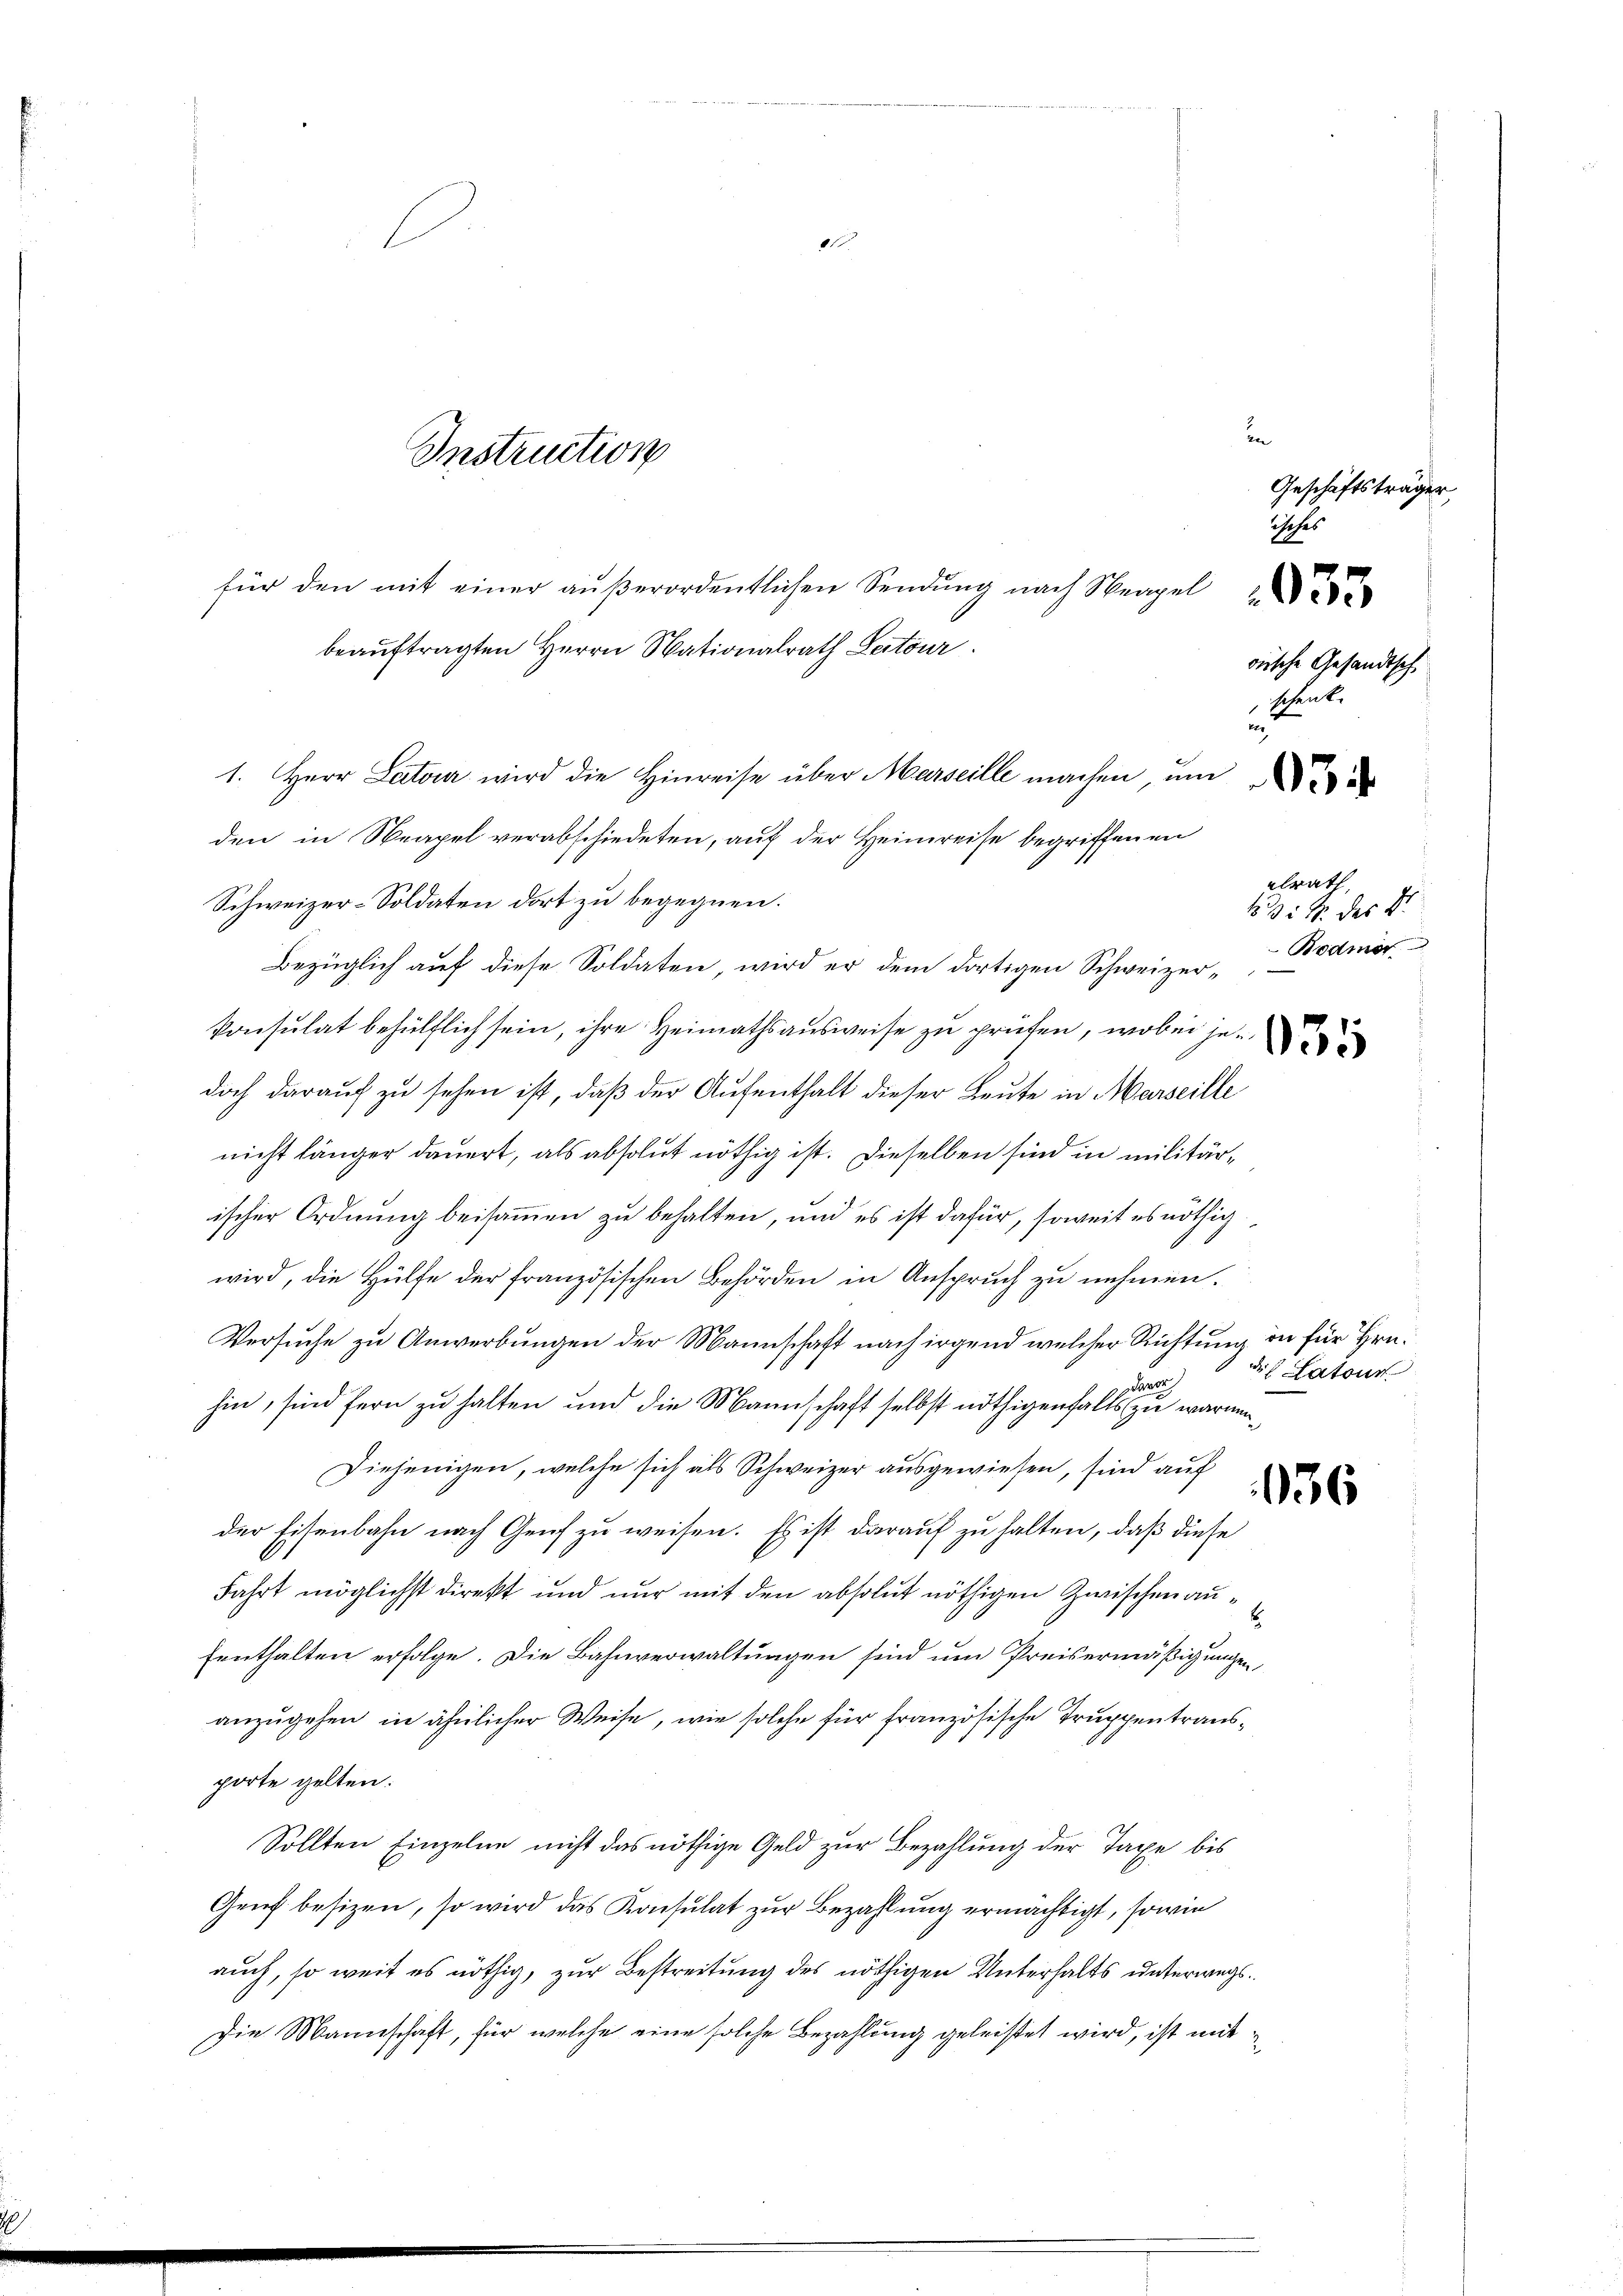
Instruction

1

für den mit einer aŭβerordentlichen Sendŭng nach Neapel
beauftragten Herrn Nationalrath Leitour
1. Herr Later wird die hinreise über Marseille machen, ŭm
den in Neapel verabschiedeten, auf der Heimreise begriffenen
Schweizer-Soldaten dort zu begegnen.
Bezüglich auf diese Soldaten, wird er dem dortigen Schweizerkonsulat behülflich sein, ihre Heimathsausweise zu prüfen, wobei jedoch darauf zu sehen ist, daß der Aufenthalt dieser Leute in Marseille
nicht länger dauert, als absolut nöthig ist. Dieselben sind in militärischer Ordnung beisammen zu behalten, und es ist dafür, soweit es nöthig
wird, die Hülfe der französischen Behörden in Anspruch zu nehmen.
Versuche zu Anwerbungen der Mannschaft nach irgend welcher Richtung in für Hrn.
hin, sind fern zu halten und die Mannschaft selbst nöthigenfalls zu waren¬
Diejenigen, welche sich als Schweizer ausgewiesen, sind auf
der Eisenbahn nach Genf zu weisen. Es ist darauf zu halten, daß diese
Fahrt möglichst direkt und nur mit den absolut nöthigen Zwischen aufenthalten erfolge. Die Bahnverwaltungen sind um Preisermäßigungen
anzugehen in ähnlicher Weise, wie solche für französische Truppentransporte gelten.
Sollten Einzelne nicht das nöthige Geld zur Bezahlung der Taxe bis
Genf besizen, so wird das Konsulat zur Bezahlung ermächtigt, sowie
auch, so weit es nöthig, zur Bestreitung des nöthigen Unterhalts unterwegs
Die Mannschaft, für welche eine solche Bezahlung geleistet wird, ist mit

n
Geschäftsträger,
s
i

orische Gesandtsch
schenk.
u

alrath
13 S. des Dr.
Bodmer

die Latour

36